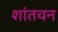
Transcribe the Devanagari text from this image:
शांतवन